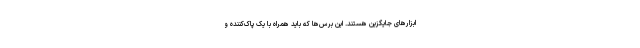
ابزارهای جایگزین هستند. این برس‌ها که باید همراه با یک پاک‌کننده و